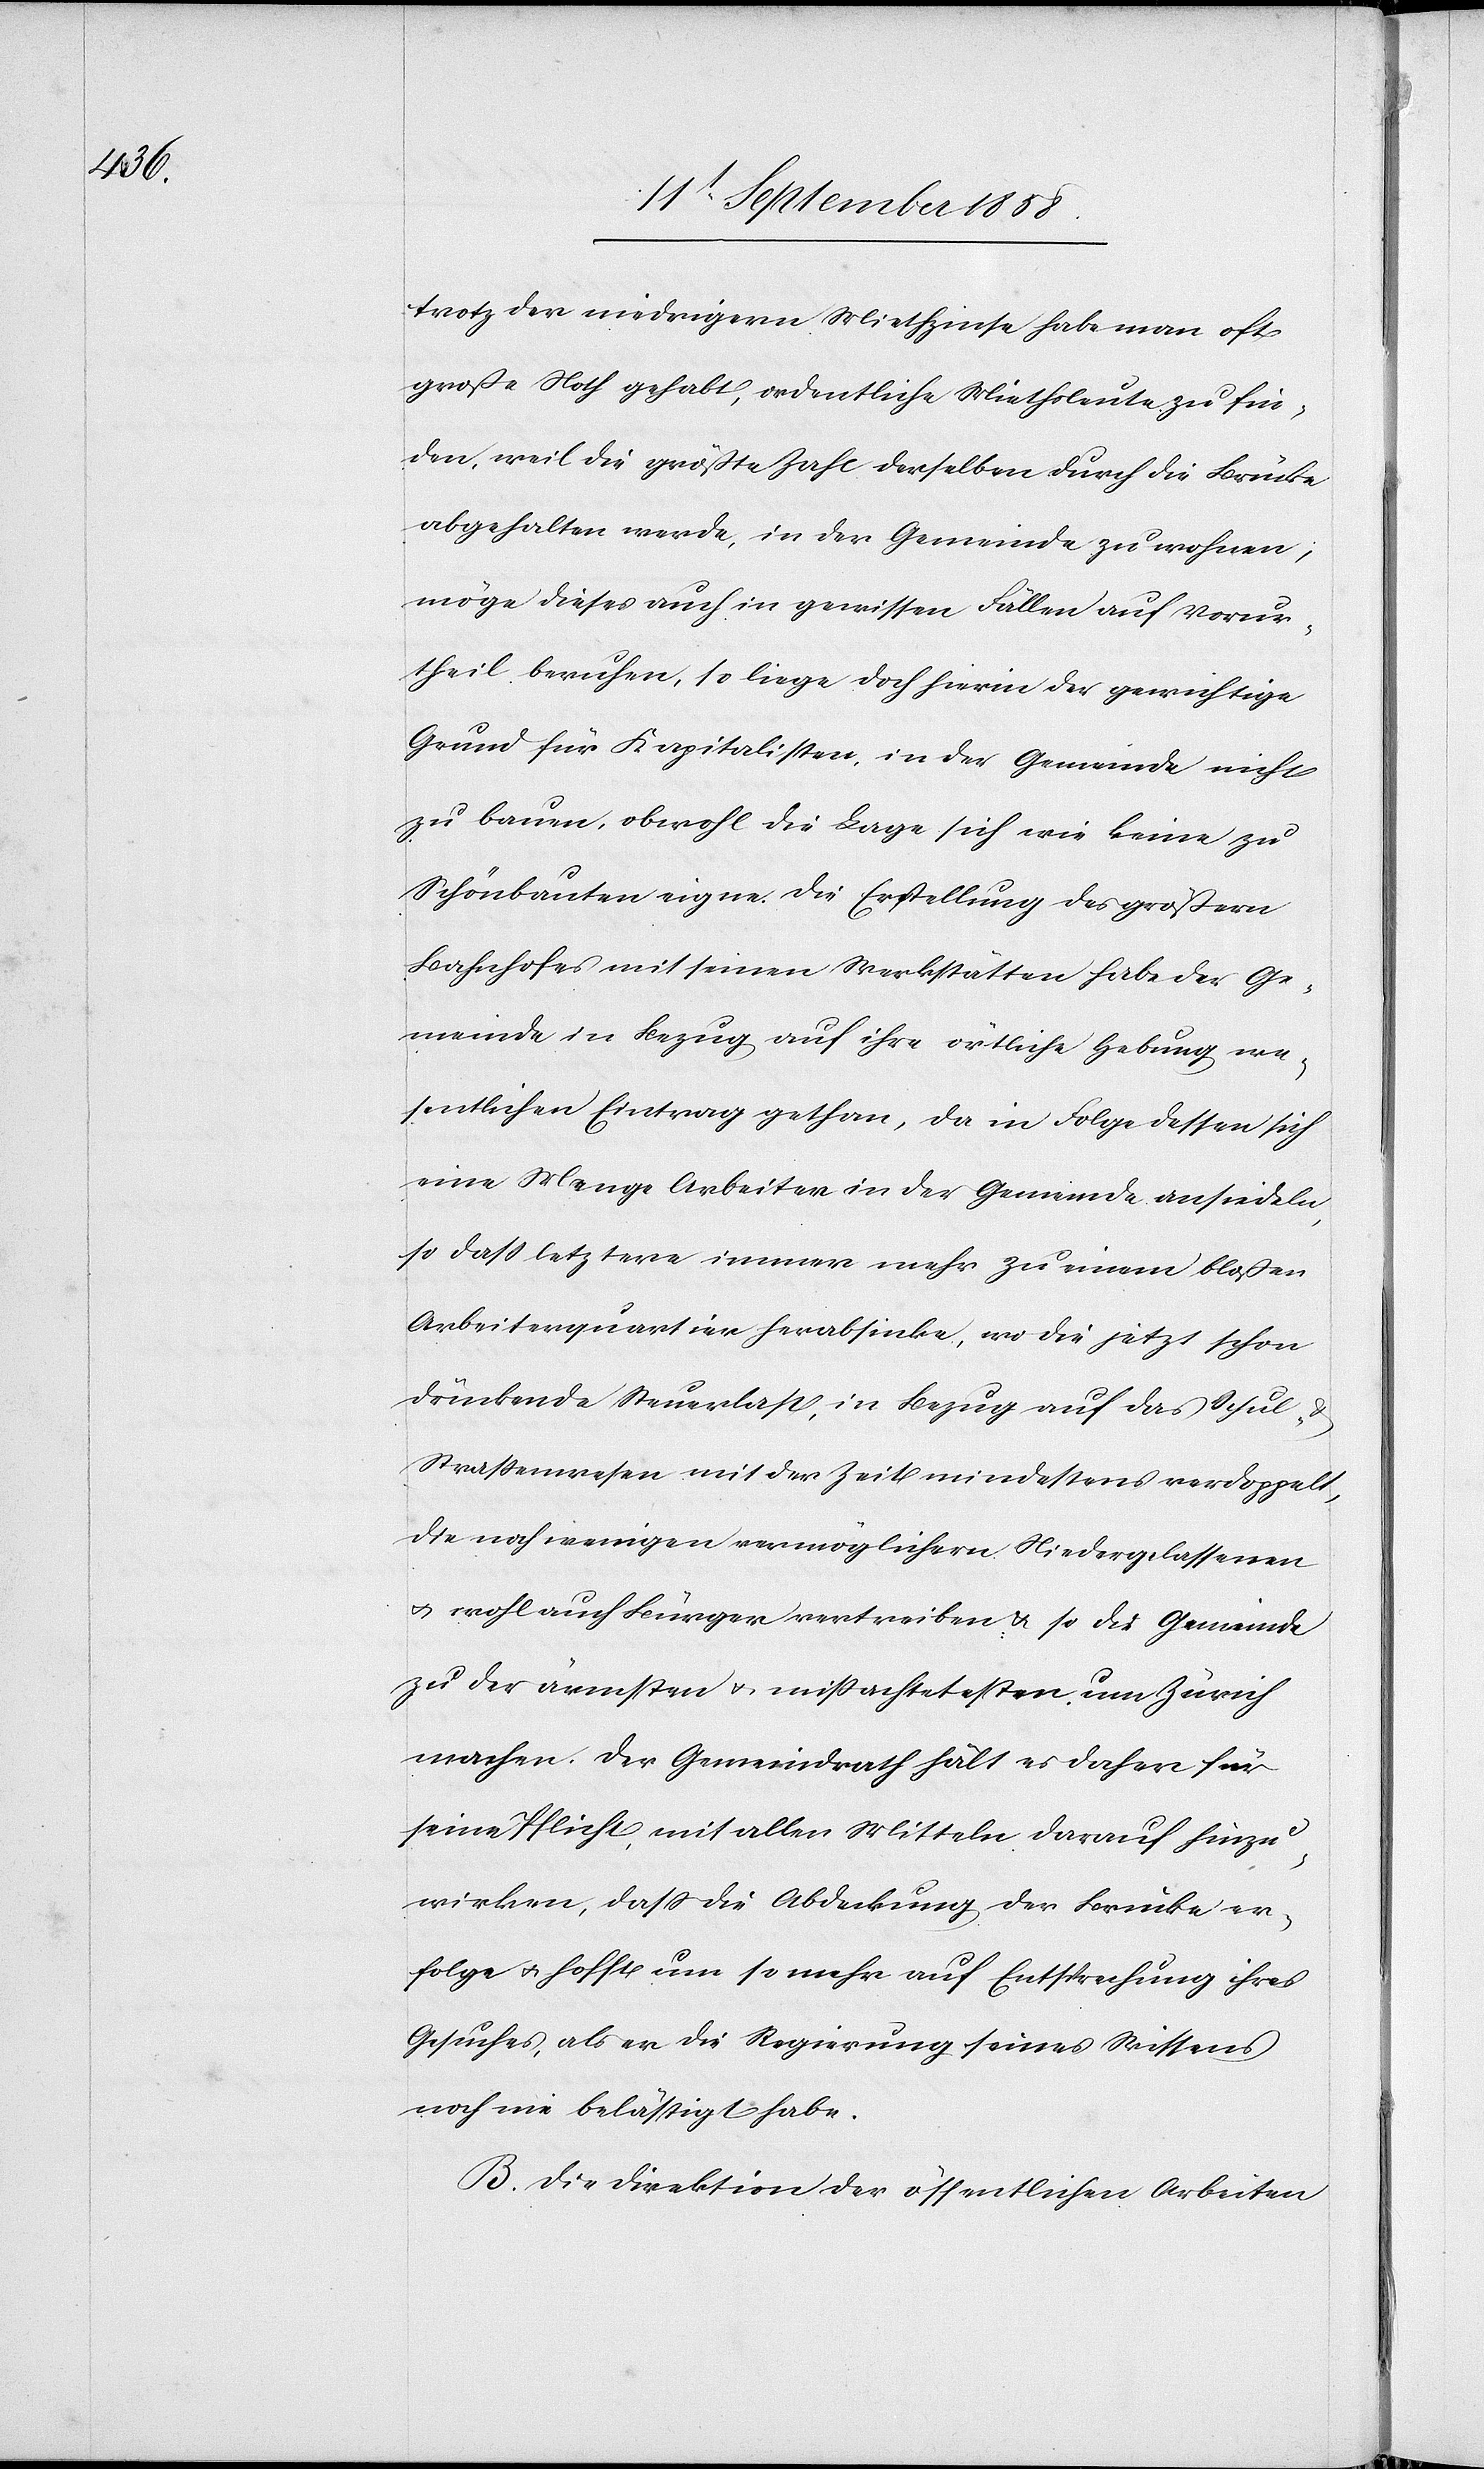
trotz der niedrigern Miethzinse habe man oft
große Noth gehabt, ordentliche Miethsleute zu fin¬
den, weil die größte Zahl derselben durch die Brücke
abgehalten werde, in der Gemeinde zu wohnen;
möge dieses auch in gewissen Fällen auf Vorur¬
theil beruhen, so liege doch hierin der gewichtige
Grund für Kapitalisten, in der Gemeinde nicht
zu bauen, obwohl die Lage sich wie keine zu
Schönbauten eigne. Die Erstellung des größern
Bahnhofes mit seinen Werkstätten habe der Ge¬
meinde in Bezug auf ihre örtliche Hebung we¬
sentlichen Eintrag gethan, da in Folge dessen sich
eine Menge Arbeiter in der Gemeinde ansiedeln,
so dass letztere immer mehr zu einem bloßen
Arbeiterquartier herabsinke, wo die jetzt schon
drückende Steuerlast, in Bezug auf das Schul- &
Straßenwesen mit der Zeit mindestens verdoppelt,
die noch wenigen vermöglichern Niedergelassenen
& wohl auch Bürger vertreiben & so die Gemeinde
zu der ärmsten & mißachtetesten um Zürich
machen. Der Gemeindrath hält es daher für
seine Pflicht, mit allen Mitteln darauf hinzu¬
wirken, dass die Abdeckung der Brücke er¬
folge & hofft um so mehr auf Entsprechung ihres
Gesuches, als er die Regierung seines Wissens
noch nie belästigt habe.
B. Die Direktion der öffentlichen Arbeiten